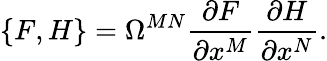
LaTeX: \{ F,H\} =\Omega^{MN}\frac{\partial F}{\partial x^{M}}\frac{\partial H}{\partial x^{N}}.